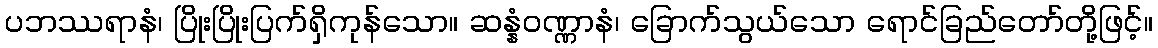
ပဘဿရာနံ၊ ပြိုးပြိုးပြက်ရှိကုန်သော။ ဆန္နံဝဏ္ဏာနံ၊ ခြောက်သွယ်သော ရောင်ခြည်တော်တို့ဖြင့်။